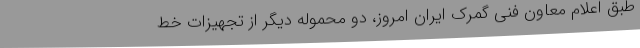
طبق اعلام معاون فنی گمرک ایران امروز، دو محموله دیگر از تجهیزات خط